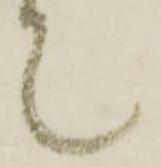
て